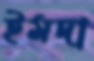
ইমদা